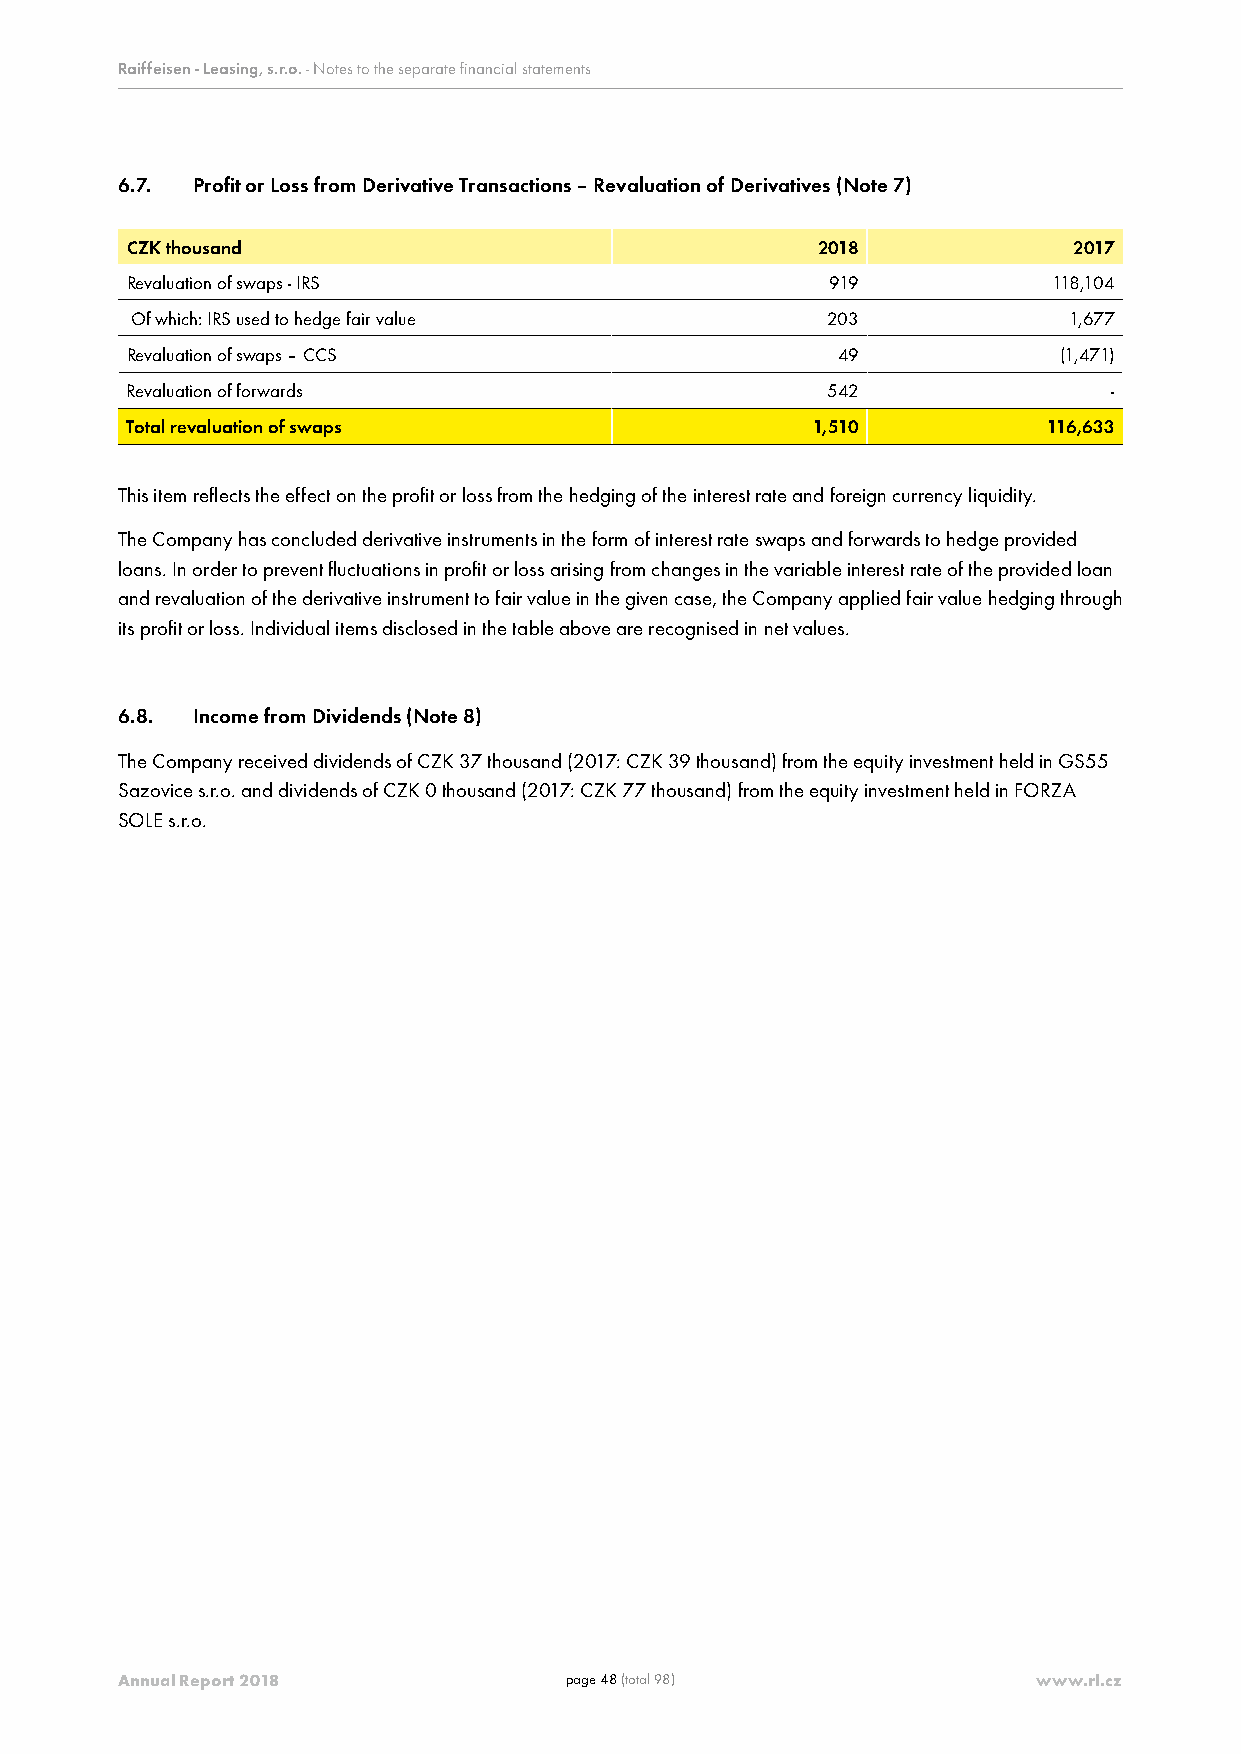
Raiffeisen - Leasing, s.r.o. - Notes to the separate financial statements
 6.7. Profit or Loss from Derivative Transactions – Revaluation of Derivatives (Note 7)
 CZK thousand                                  2018             2017
 Revaluation of swaps - IRS                     919            118,104
 Of which: IRS used to hedge fair value        203             1,677
 Revaluation of swaps – CCS                     49             (1,471)
 Revaluation of forwards                        542                -
 Total revaluation of swaps                    1,510          116,633
 This item reflects the effect on the profit or loss from the hedging of the interest rate and foreign currency liquidity.
 The Company has concluded derivative instruments in the form of interest rate swaps and forwards to hedge provided
 loans. In order to prevent fluctuations in profit or loss arising from changes in the variable interest rate of the provided loan
 and revaluation of the derivative instrument to fair value in the given case, the Company applied fair value hedging through
 its profit or loss. Individual items disclosed in the table above are recognised in net values.
 6.8. Income from Dividends (Note 8)
 The Company received dividends of CZK 37 thousand (2017: CZK 39 thousand) from the equity investment held in GS55
 Sazovice s.r.o. and dividends of CZK 0 thousand (2017: CZK 77 thousand) from the equity investment held in FORZA
 SOLE s.r.o.
 Annual Report 2018           page 48 (total 98)              www.rl.cz